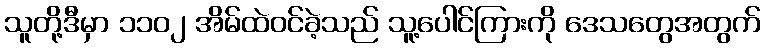
သူတို့ဒီမှာ ၁၁၀၂ အိမ်ထဲဝင်ခဲ့သည် သူ့ပေါင်ကြားကို ဒေသတွေအတွက်